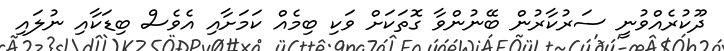
ދޫކުރެއްވުނީ ސަރުކާރުން ބޭނުންވާ ގޮތަކަށް ވަކި ބިމެއް ކަމަށާއި އެވެސް ބިޑަކާއި ނުލައި